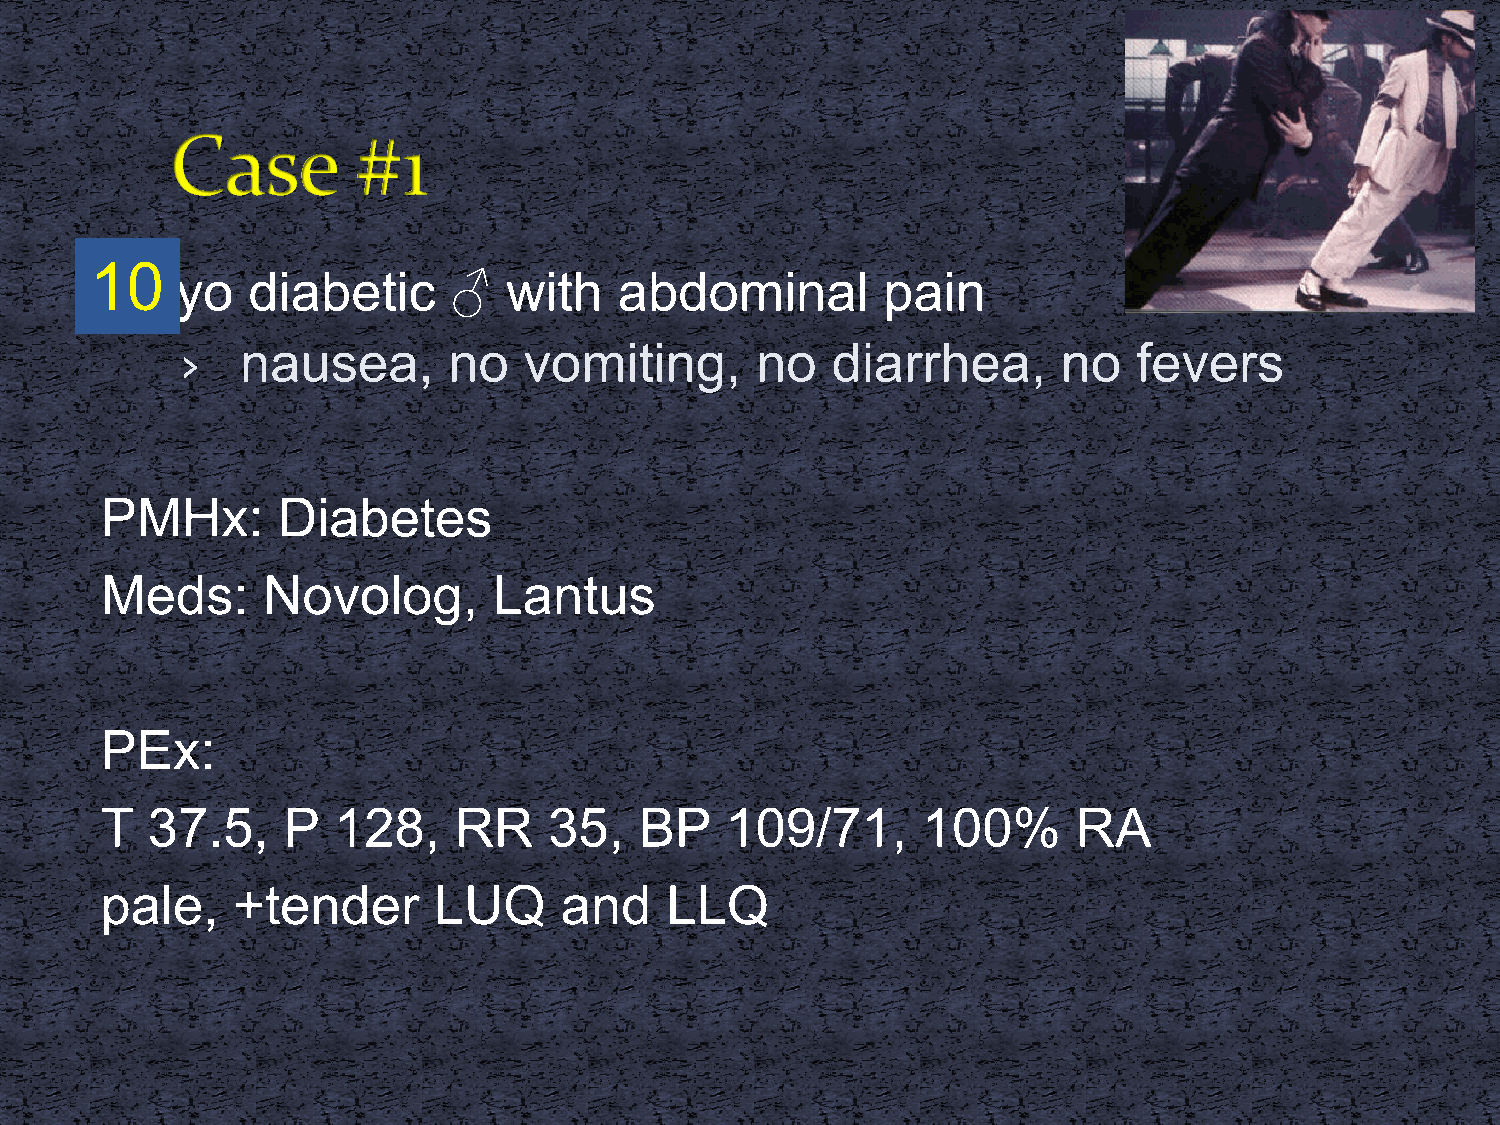
10
 45   yo  diabetic      ♂   with   abdominal        pain
 ›   nausea,       no   vomiting,      no   diarrhea,      no   fevers
 PMHx:      Diabetes
 Meds:     Novolog,        Lantus
 PEx:
 T  37.5,    P  128,    RR    35,   BP    109/71,      100%      RA
 pale,   +tender       LUQ     and    LLQ